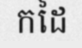
កដៃ